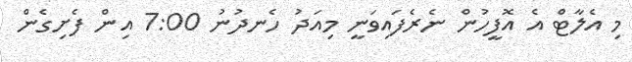
މި އެލާޓް އެ އޮފީހުން ނެރެފައިވަނީ މިއަދު ހެނދުނު 7:00 އިން ފެށިގެން